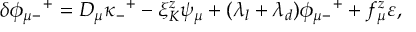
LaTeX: \delta \phi _ { \mu - } ^ { \quad + } = { \cal D } _ { \mu } \kappa _ { - } ^ { \enskip + } - \xi _ { K } ^ { z } \psi _ { \mu } + ( \lambda _ { l } + \lambda _ { d } ) \phi _ { \mu - } ^ { \quad + } + f _ { \mu } ^ { z } \varepsilon ,